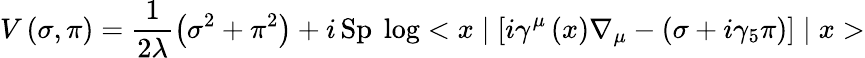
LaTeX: V\left(\sigma,\pi\right)=\frac{1}{2\lambda}\left(\sigma^{2}+\pi^{2}\right)+i\, \mathrm{Sp}\ \log<x\mid\left[i\gamma^{\mu}\left(x\right)\nabla_{\mu}-\left(\sigma+i\gamma_{5}\pi\right)\right]\mid x>